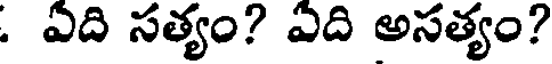
. ఏది సత్యం? ఎది అసత్యం?